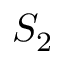
S _ { 2 }